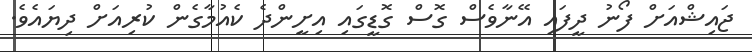
ޖައިޝްއަށް ފޯނު ދީފައި އޭނާވެސް ގޮސް ގޮޑީގައި އިށީންދެ ކެއުމާގެން ކުރިއަށް ދިޔައެވެ.